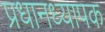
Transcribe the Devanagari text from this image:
प्रधानध्यापक